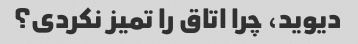
دیوید، چرا اتاق را تمیز نکردی؟